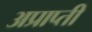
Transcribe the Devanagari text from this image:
अप्राप्ती